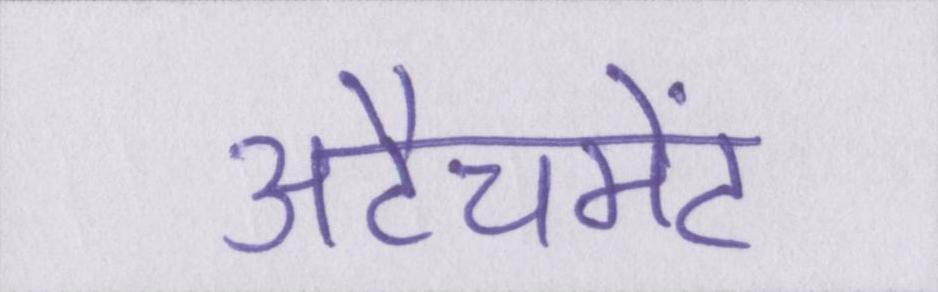
अटैचमेंट